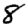
Digit: 8